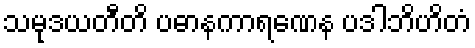
သမုဒယတီတိ ပဓာနကာရဏေန ပဒါဘိဟိတံ